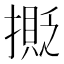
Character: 𢵉